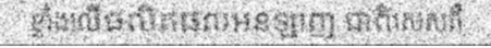
ខ្លាំងលើផលិតផលអនឡាញ ជាពិសេសគឺ